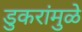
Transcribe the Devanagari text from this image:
डुकरांमुळे